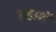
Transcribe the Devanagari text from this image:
दहाशें